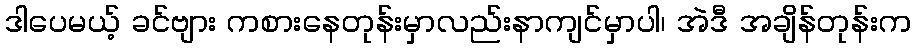
ဒါပေမယ့် ခင်ဗျား ကစားနေတုန်းမှာလည်းနာကျင်မှာပါ၊ အဲဒီ အချိန်တုန်းက